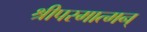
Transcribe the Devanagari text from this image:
श्रीपरमात्मन्